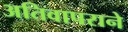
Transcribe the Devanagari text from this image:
अतिवापराने